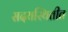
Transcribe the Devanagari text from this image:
सदयस्थितीत